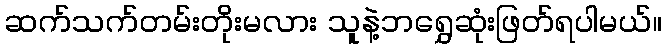
ဆက်သက်တမ်းတိုးမလား သူနဲ့ဘရွှေဆုံးဖြတ်ရပါမယ်။